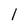
Character: 1